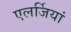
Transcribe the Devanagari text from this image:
एलर्जियां